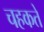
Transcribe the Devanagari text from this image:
चहकते